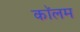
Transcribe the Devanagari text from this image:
काॅलम